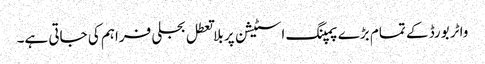
واٹر بورڈ کے تمام بڑے پمپنگ اسٹیشن پر بلا تعطل بجلی فراہم کی جاتی ہے۔